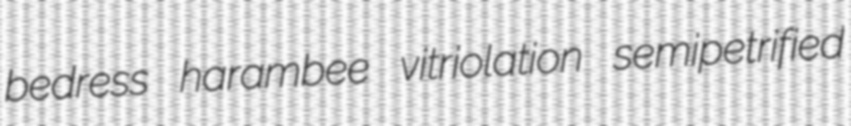
bedress harambee vitriolation semipetrified